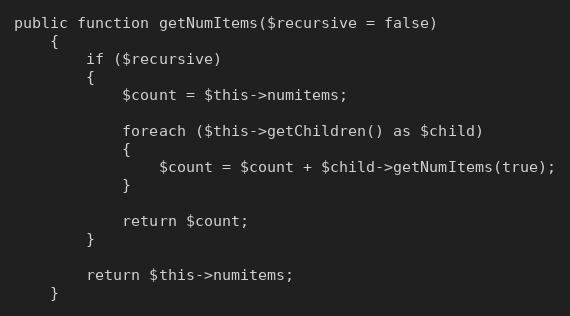
Language: PHP
public function getNumItems($recursive = false)
	{
		if ($recursive)
		{
			$count = $this->numitems;

			foreach ($this->getChildren() as $child)
			{
				$count = $count + $child->getNumItems(true);
			}

			return $count;
		}

		return $this->numitems;
	}